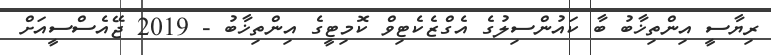
ރިޔާސީ އިންތިޚާބު ބާ ކައުންސިލުގެ އެގްޒެކެޓިވް ކޮމިޓީގެ އިންތިޚާބު - 2019 ޖޭއެސްސީއަށް